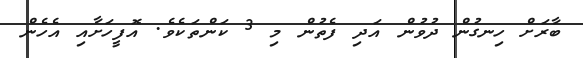
ބާރަށް ހިނގުން ދުވުން އަދި ފެތުން މި 3 ކަންތަކެވެ. އޮފީހަށާއި އެހެން